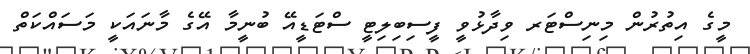
މީގެ އިތުރުން މިނިސްޓަރ ވިދާޅުވީ ފީސިބިލިޓީ ސްޓަޑީއޭ ބުނީމާ އޭގެ މާނައަކީ މަސައްކަތް